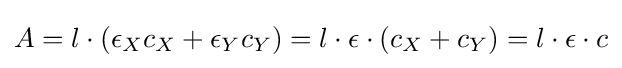
A=l\cdot (\epsilon _{X}c_{X}+\epsilon _{Y}c_{Y})=l\cdot \epsilon \cdot (c_{X}+c_{Y})=l\cdot \epsilon \cdot c